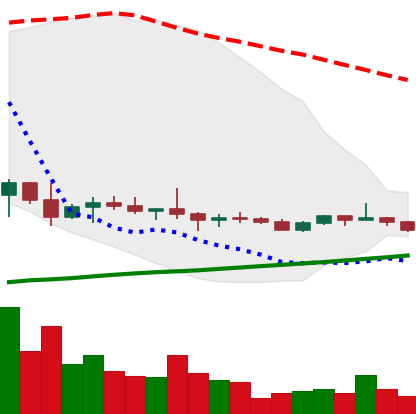
Ticker: ETC-USD
Chart end date: 2022-10-08
Forward return: -14.694%
Label: down_7plus